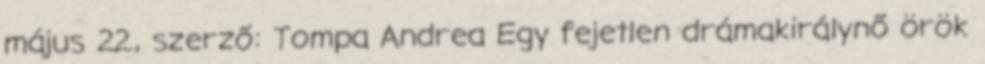
május 22., szerző: Tompa Andrea Egy fejetlen drámakirálynő örök